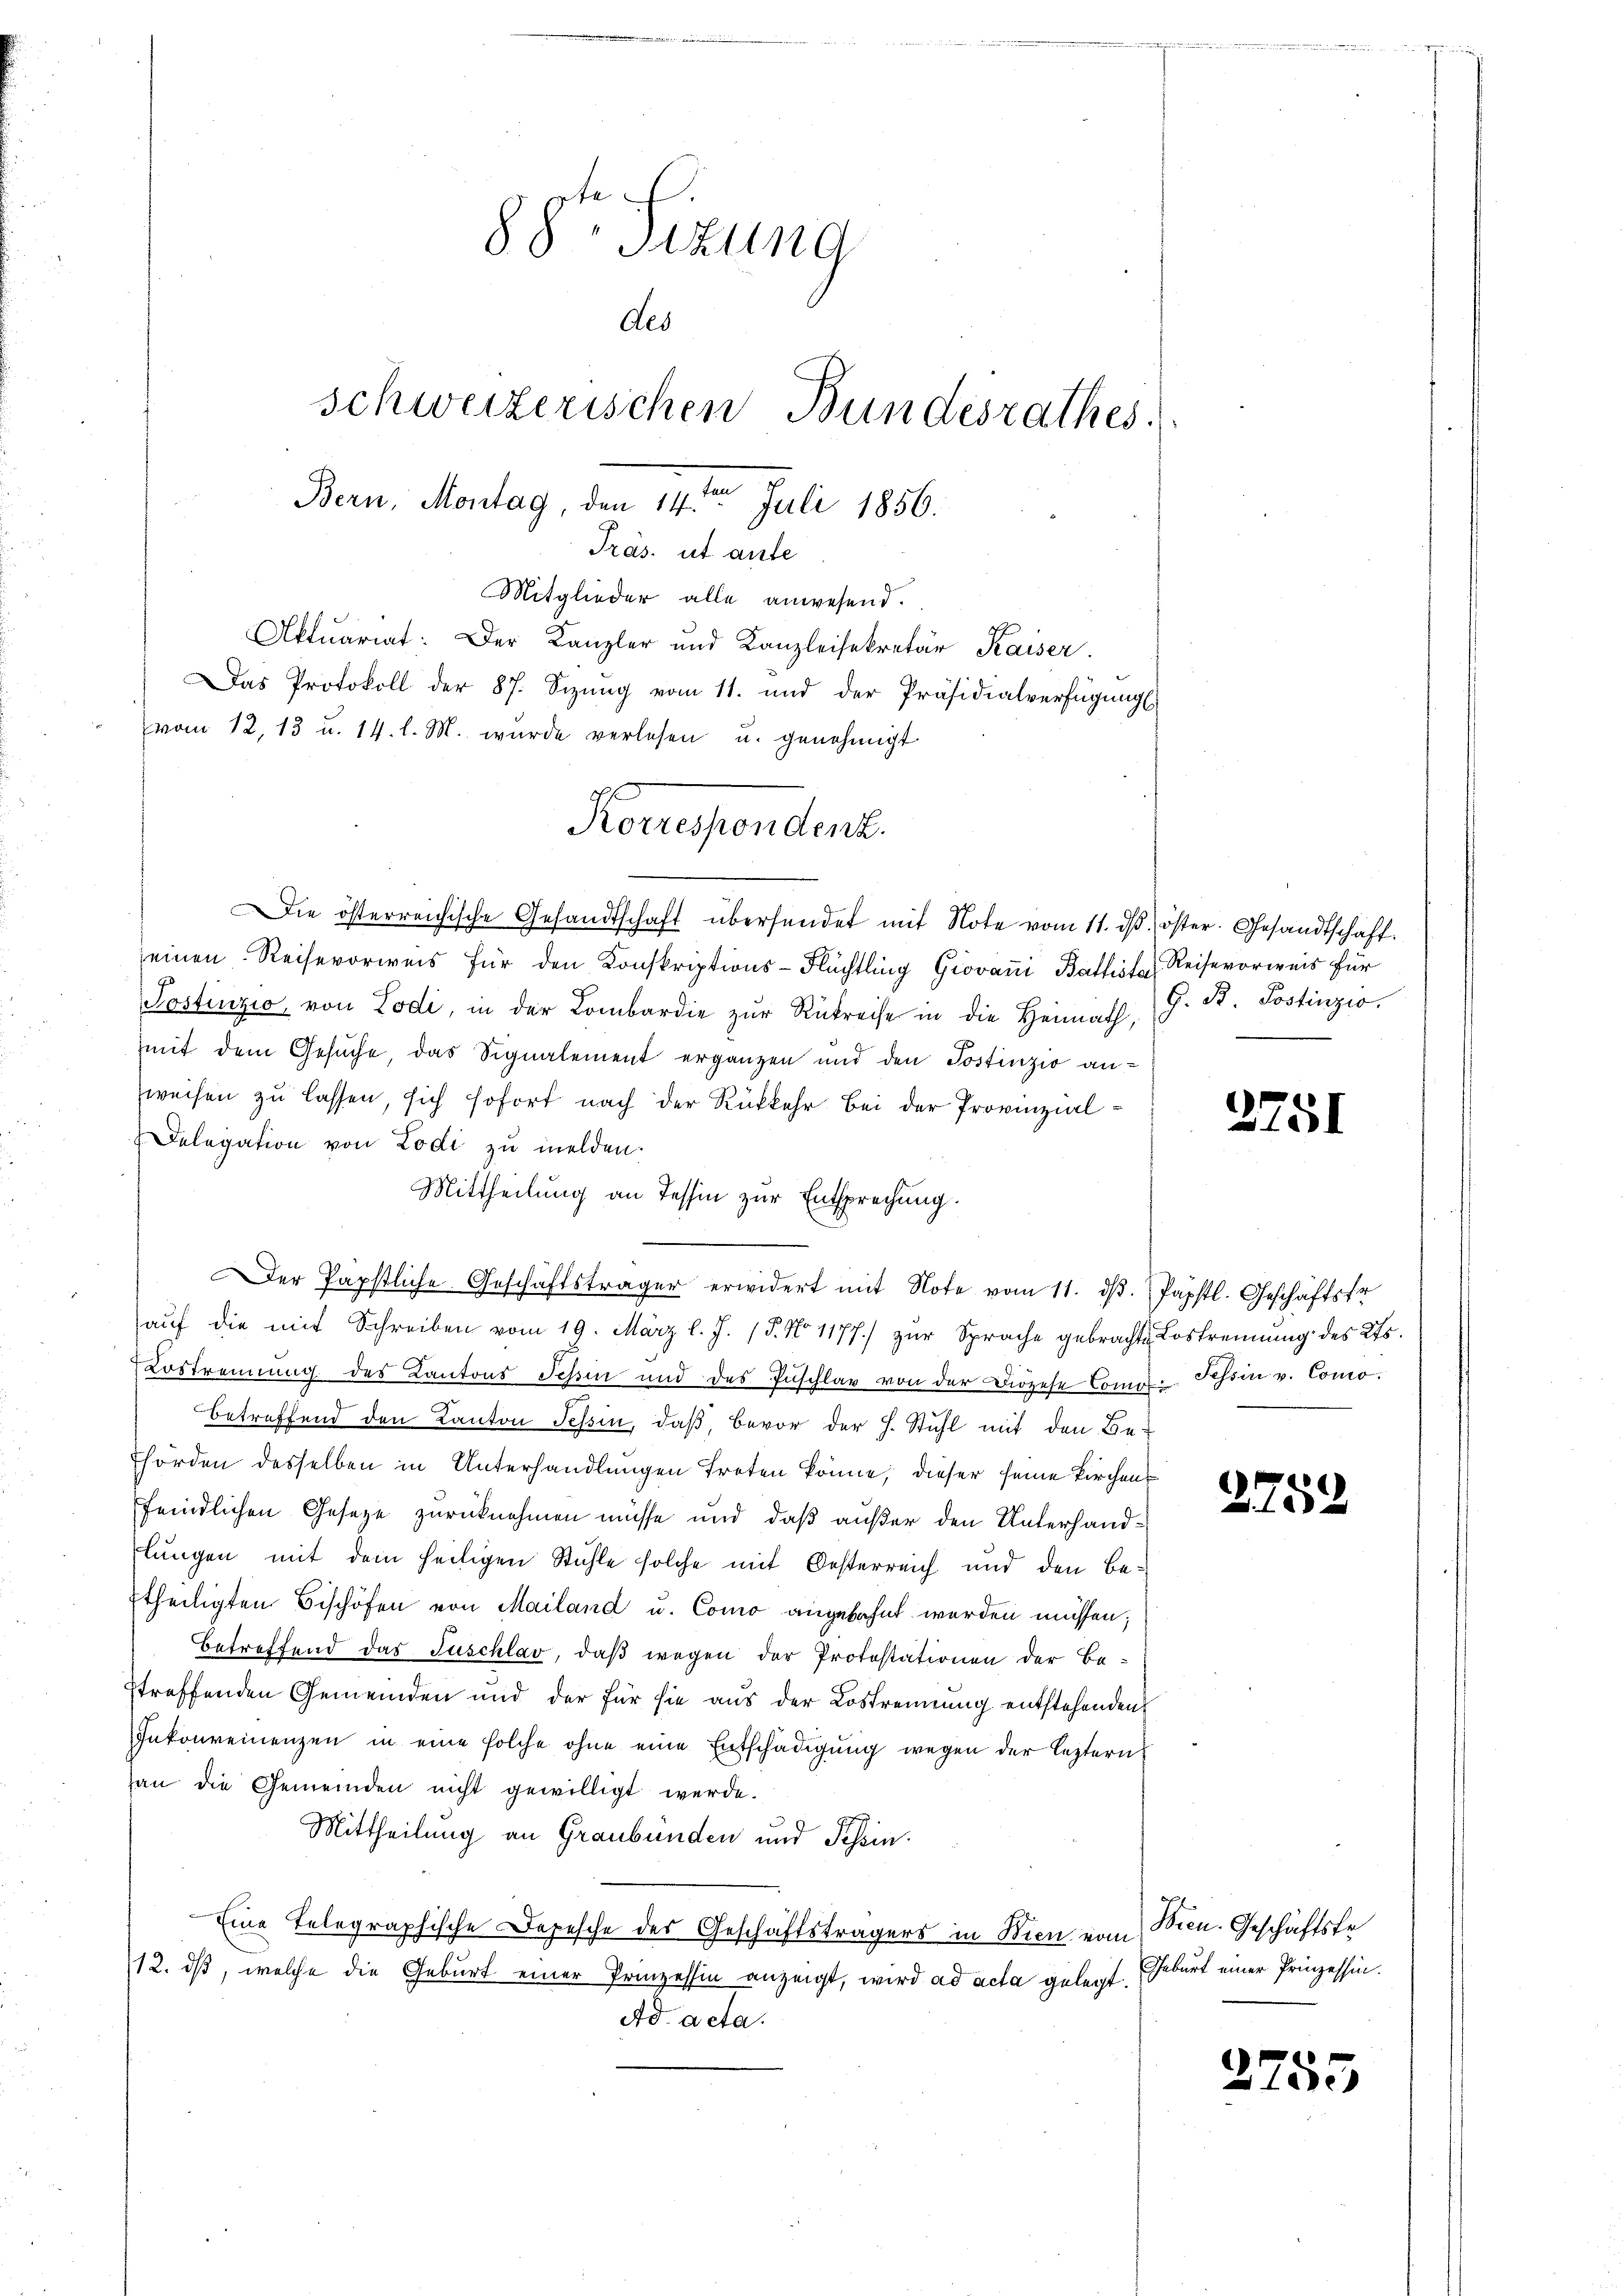
88t Sizung
des
schweizerischen Bundesrathes.
Bern, Montag, den 1 Juli 1856.

Mitglieder alle anwesend.
Aktuariat: Der Kanzler und Kanzleisekretär Kaiser.
Das Protokoll der 87. Sizung vom 11. und der Präsidialverfügung
vom 12. 13 u. 14. l. M. wurde verlesen u. genehmigt
ie österreichische Gesandtschaft übersendet mit Note vom 11. dβ öster. Gesandtschaft.
seinen Reihevorweis für den Konskriptions-Flüchtling Giovan Battist Reisevorweis für
Postinzio, von Lodi, in der Lombardie zŭr Rükreise in die Heimath,
mit dem Gesuche, das Signalement ergänzen und den Postinzio anweisen zu lassen, sich sofort nach der Rückkehr bei der Provinzial¬
Delegation von Lodi zu melden.
Mittheilung an Tessin zur Entsprechung.
Der Papstliche Geschäftsträger erwidert mit Note vom 11. dβ. Papstl. Geschäftsfr
aŭf die mit Schreiben vom 19. März l. J. 15. No 1177.) zŭr Sprache gebrachte Lostrennung des Kts.
Lostrennung des Kantons Schin und des Zuschlag von der Diözese Comor-Schön v. Como
betreffend den Kanton Tessin, daß, bevor der H. Stuhl mit den Be-
hörden desselben in Unterhandlungen troten könne, dieser seine Kirchens
feindlichen Gesetze zurücknehmen müsse und daß außer den Unterhandlungen mit dem heiligen Stühle solche mit Oesterreich und den Be¬
Etheiligten Bischöfen von Mailand u. Como angebahnt werden müssen;
Betreffend das Tuschlav, daß wegen der Protestationen der Be-
streffenden Gemeinden und der für sie aus der Lostrennung entstehenden
Inkonreinenzen in eine solche ohne eine Entschädigung wegen der leztern
an die Gemeinden nicht gewilligt werde.
Mittheilung an Graubünden und Tessin.
Eine Telegraphische Depesche des Geschäftsträgers in Bien vom Bien. Geschäftsfr
12. ds, welche die Geburt einer Prinzessin anzeigt, wird ad acta gelegt. Geburt einer Prinzessin.
Ad acta.

Präs. ut aufe

Korrespendenz.

G. B. Postinzio.

2751

2752

2755